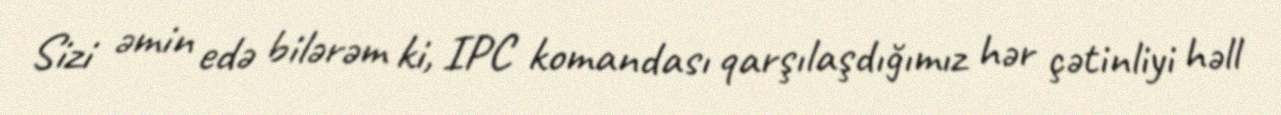
Sizi əmin edə bilərəm ki, IPC komandası qarşılaşdığımız hər çətinliyi həll